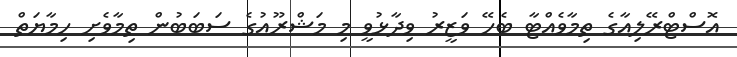
އޮސްޓްރޭލިއާގެ ތިމާވެއްޓާ ބެހޭ ވަޒީރު ވިދާޅުވީ މި މަޝްރޫއުގެ ސަބަބުން ތިމާވެށި ހިމާޔަތް